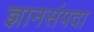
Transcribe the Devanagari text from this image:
ज्ञानसंपदा